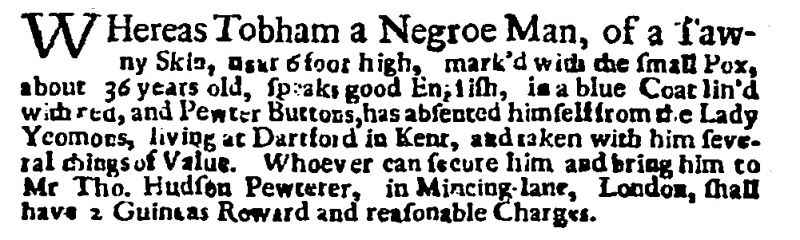
Post Man and the Historical Account, 25 July 1706 (England)
WHereas Tobham a Negroe Man, of a Tawny Skin, near 6 foot high, mark’d with the small Pox, about 36 years old, speaks good English, in a blue Coat lin’d with red, and Pewter Buttons, has absented himself from the Lady Yeomons, living at Dartford in Kent, and taken with him several things of Value. Whoever can secure him and bring him to Mr Tho. Hudson Pewterer, in Mincing-lane, London, shall have 2 Guineas Reward and reasonable Charges.